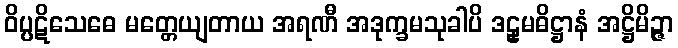
ဝိပ္ပဋိသေဓေ မတ္တေယျတာယ အရဏီ အဒုက္ခမသုခါပိ ဒဠှမဓိဋ္ဌာနံ အဋ္ဌိမိဉ္ဇာ